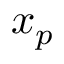
x _ { p }